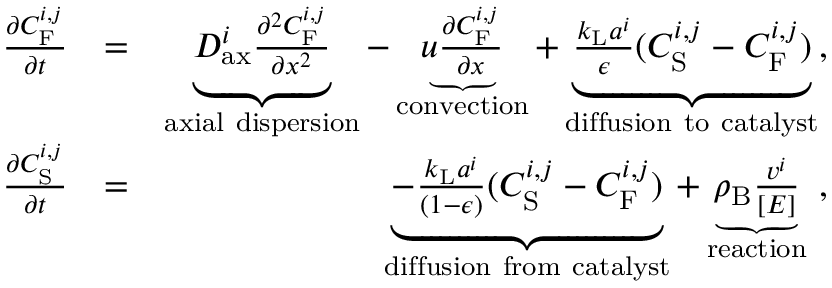
\begin{array} { r l r } { \frac { \partial C _ { \mathrm { F } } ^ { i , j } } { \partial t } } & { = } & { \underbrace { D _ { \mathrm { a x } } ^ { i } \frac { \partial ^ { 2 } C _ { \mathrm { F } } ^ { i , j } } { \partial x ^ { 2 } } } _ { \mathrm { a x i a l ~ d i s p e r s i o n } } - \underbrace { u \frac { \partial C _ { \mathrm { F } } ^ { i , j } } { \partial x } } _ { \mathrm { c o n v e c t i o n } } + \underbrace { \frac { k _ { \mathrm { L } } a ^ { i } } { \epsilon } ( C _ { \mathrm { S } } ^ { i , j } - C _ { \mathrm { F } } ^ { i , j } ) } _ { \mathrm { d i f f u s i o n ~ t o ~ c a t a l y s t } } , } \\ { \frac { \partial C _ { \mathrm { S } } ^ { i , j } } { \partial t } } & { = } & { \underbrace { \mathrm { - } \frac { k _ { \mathrm { L } } a ^ { i } } { ( 1 \mathrm { - } \epsilon ) } ( C _ { \mathrm { S } } ^ { i , j } - C _ { \mathrm { F } } ^ { i , j } ) } _ { \mathrm { d i f f u s i o n ~ f r o m ~ c a t a l y s t } } + \underbrace { \rho _ { \mathrm { B } } \frac { v ^ { i } } { [ E ] } } _ { \mathrm { r e a c t i o n } } \ , } \end{array}